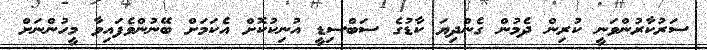
ސަރުކާރުންވަނީ ކުރިން ދެމުން ގެންދިޔަ ކާޑުގެ ސަބްސިޑީ އުނިކުކޮށް އެކަމަށް ބޭނުންވެފައިވާ މީހުންނަށް